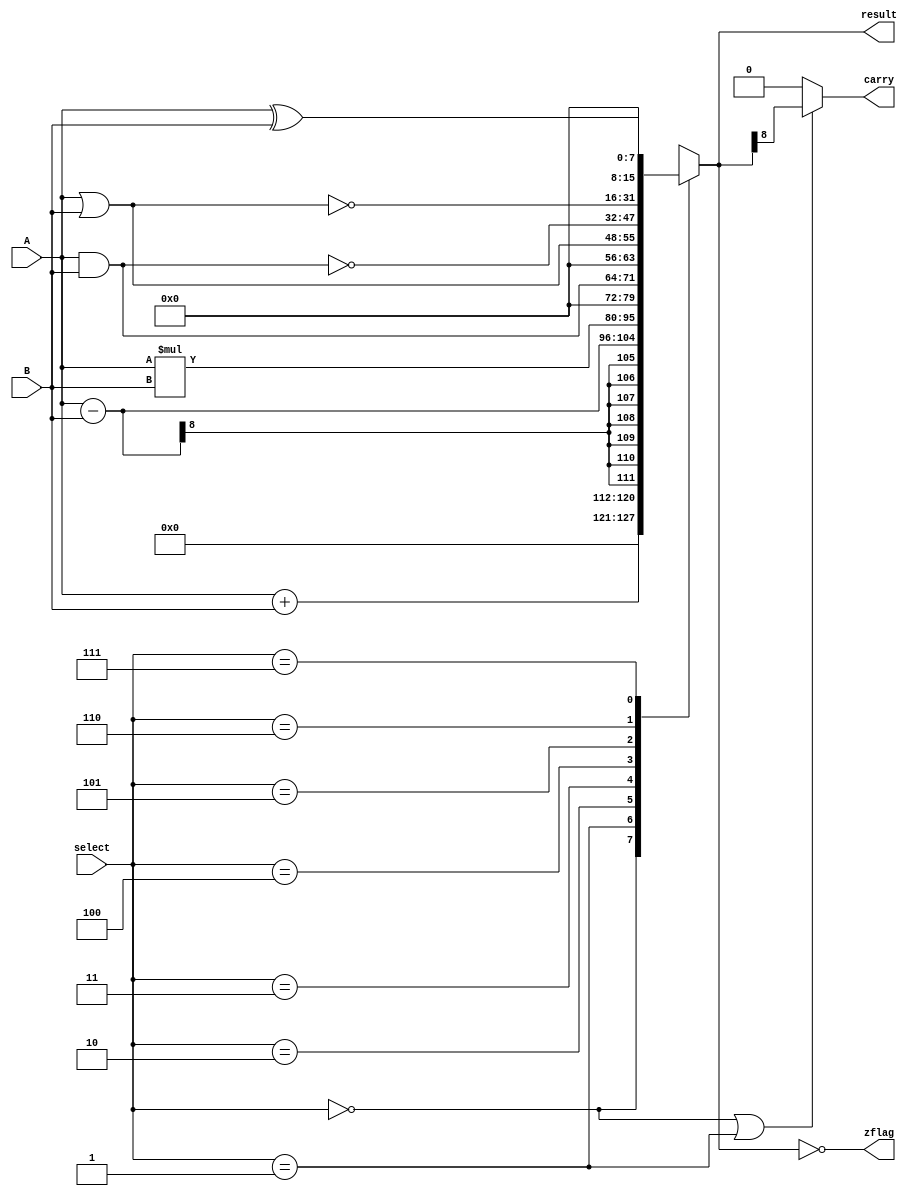
//ADD  = 3'b000
//SUB  = 3'b001
//MUL  = 3'b010
//AND  = 3'b011
//OR   = 3'b100
//NAND = 3'b101
//NOR  = 3'b110
//XOR  = 3'b111

module ALU_8bit(
  input [7:0] A, B,
  input [2:0] select,
  output reg [15:0] result,
  output reg carry, zflag
);

always @(A or B or select) begin
  case (select) 
    3'b000: begin 
      result = A + B;
    end
    3'b001: begin
      result = A - B;
    end
    3'b010: begin
      result = A * B;
    end
    3'b011: begin
      result = A & B;
    end
    3'b100: begin
      result = A | B;
    end
    3'b101: begin
      result = ~(A & B);
    end
    3'b110: begin
      result = ~(A | B);
    end
    3'b111: begin
      result = A ^ B;
    end
    default: begin
      result = 16'b0;
    end
  endcase
  zflag = (result == 16'b0);
  
  if (select == 3'b000 || select == 3'b001) begin
    carry = result[8];
  end else begin
    carry = 1'b0;
  end
end

endmodule